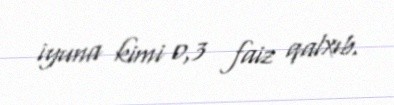
iyuna kimi 0,3 faiz qalxıb.